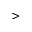
>